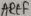
Text: AREF